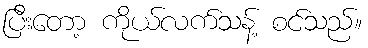
ပြီးတော့ ကိုယ်လက်သန့် စင်သည်။